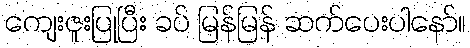
ကျေးဇူးပြုပြီး ခပ် မြန်မြန် ဆက်ပေးပါနော်။